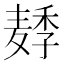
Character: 𱋛